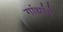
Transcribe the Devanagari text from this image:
गांथांचे